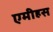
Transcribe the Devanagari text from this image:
एमीहस